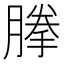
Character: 𰯈